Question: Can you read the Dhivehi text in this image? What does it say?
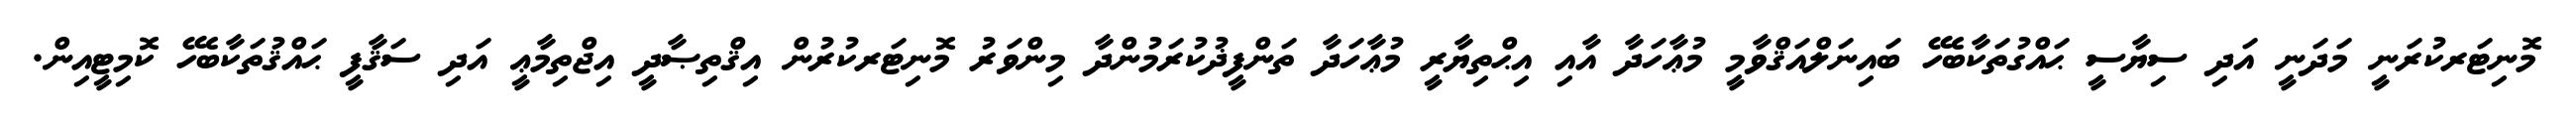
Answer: މޮނިޓަރކުރަނީ މަދަނީ އަދި ސިޔާސީ ޙައްގުތަކާބެހޭ ބައިނަލްއަޤްވާމީ މުޢާހަދާ އާއި އިޙްތިޔާރީ މުޢާހަދާ ތަންފީޛުކުރަމުންދާ މިންވަރު މޮނިޓަރކުރުން އިޤްތިޞާދީ އިޖްތިމާޢީ އަދި ސަޤާފީ ޙައްޤުތަކާބެހޭ ކޮމިޓީއިން.